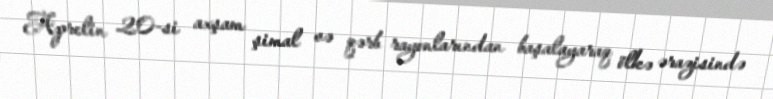
Aprelin 20-si axşam şimal və qərb rayonlarından başalayaraq ölkə ərazisində